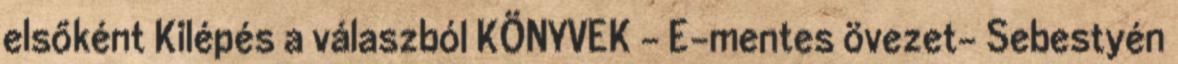
elsőként Kilépés a válaszból KÖNYVEK - E-mentes övezet- Sebestyén